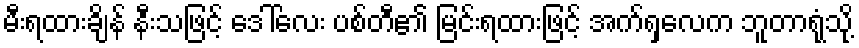
မီးရထားချိန် နီးသဖြင့် ဒေါ်လေး ပစ်တီ၏ မြင်းရထားဖြင့် အက်ရှလေက ဘူတာရုံသို့